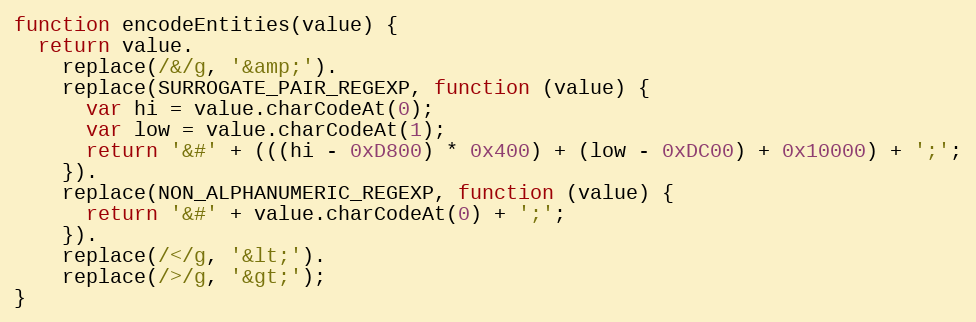
Language: JavaScript
function encodeEntities(value) {
  return value.
    replace(/&/g, '&amp;').
    replace(SURROGATE_PAIR_REGEXP, function (value) {
      var hi = value.charCodeAt(0);
      var low = value.charCodeAt(1);
      return '&#' + (((hi - 0xD800) * 0x400) + (low - 0xDC00) + 0x10000) + ';';
    }).
    replace(NON_ALPHANUMERIC_REGEXP, function (value) {
      return '&#' + value.charCodeAt(0) + ';';
    }).
    replace(/</g, '&lt;').
    replace(/>/g, '&gt;');
}